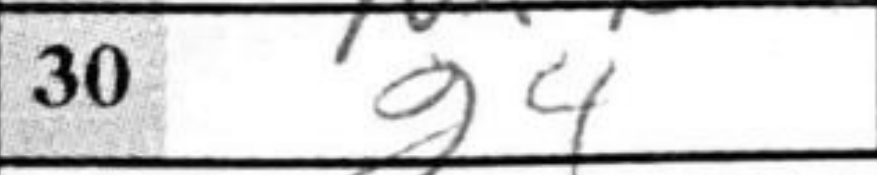
Transcription: g4